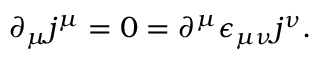
\partial _ { \mu } j ^ { \mu } = 0 = \partial ^ { \mu } \epsilon _ { \mu \nu } j ^ { \nu } .